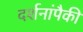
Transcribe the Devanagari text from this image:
दर्शनांपैकी